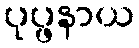
ပုပ္ဖနာယ